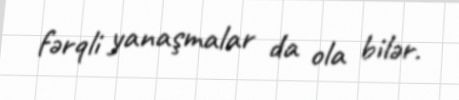
fərqli yanaşmalar da ola bilər.